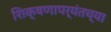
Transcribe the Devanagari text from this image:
शिक्षणापर्यंतच्या